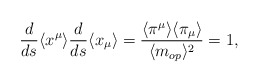
\begin{align*}\frac{d}{ds} \langle x^\mu\rangle\frac{d}{ds}\langle x_\mu \rangle=\frac{\langle \pi^\mu \rangle \langle \pi_\mu\rangle }{\langle m_{op}\rangle^2}=1,\end{align*}